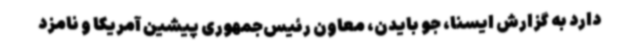
دارد به گزارش ایسنا، جو بایدن، معاون رئیس‌جمهوری پیشین آمریکا و نامزد